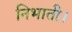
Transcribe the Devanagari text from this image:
निभाती।